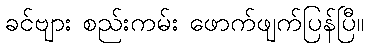
ခင်ဗျား စည်းကမ်း ဖောက်ဖျက်ပြန်ပြီ။